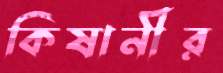
কিষানীর